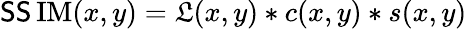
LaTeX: \operatorname{\mathsf{S}\mathsf{S}IM}(x,y)=\mathfrak{L}(x,y)*c(x,y)*s(x,y)